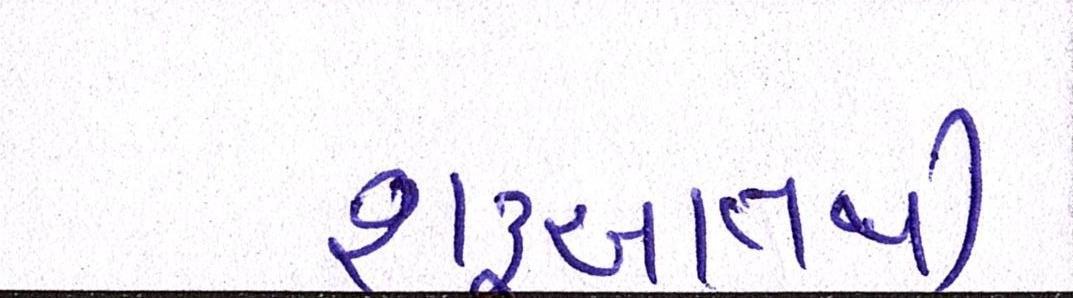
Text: શરૃઆતથી